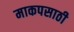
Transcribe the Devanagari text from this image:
माकपसाठी